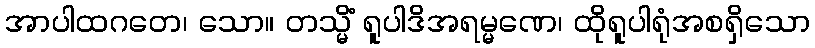
အာပါထဂတေ၊ သော။ တသ္မိံ ရူပါဒိအရမ္မဏေ၊ ထိုရူပါရုံအစရှိသော